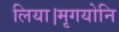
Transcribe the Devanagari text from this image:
लिया।मृगयोनि